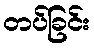
တပ်ခြင်း